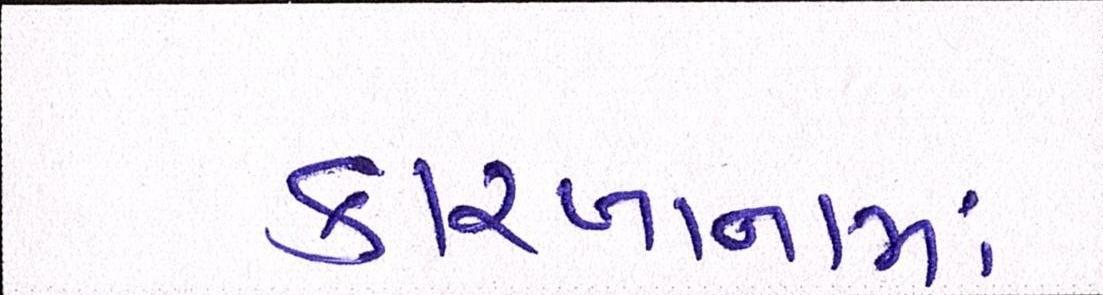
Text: કારખાનામાં